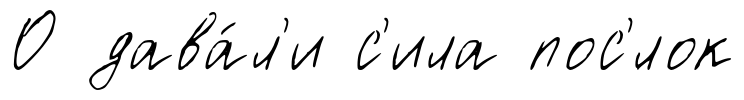
О дава́л'и с'ила пос'́лок